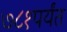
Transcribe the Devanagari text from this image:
७८१पर्यंत